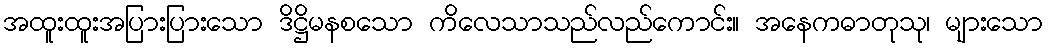
အထူးထူးအပြားပြားသော ဒိဋ္ဌိမနစသော ကိလေသာသည်လည်ကောင်း။ အနေကဓာတုသု၊ များသော